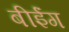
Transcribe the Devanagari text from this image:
बीईंग